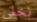
نخلي